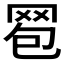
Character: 𦊠